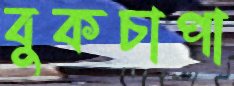
বুকচাপা